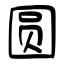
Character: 圆